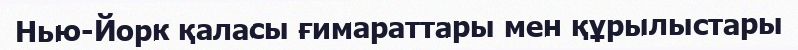
Нью-Йорк қаласы ғимараттары мен құрылыстары